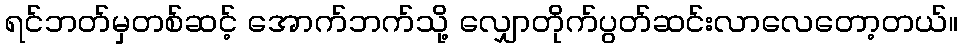
ရင်ဘတ်မှတစ်ဆင့် အောက်ဘက်သို့ လျှောတိုက်ပွတ်ဆင်းလာလေတော့တယ်။